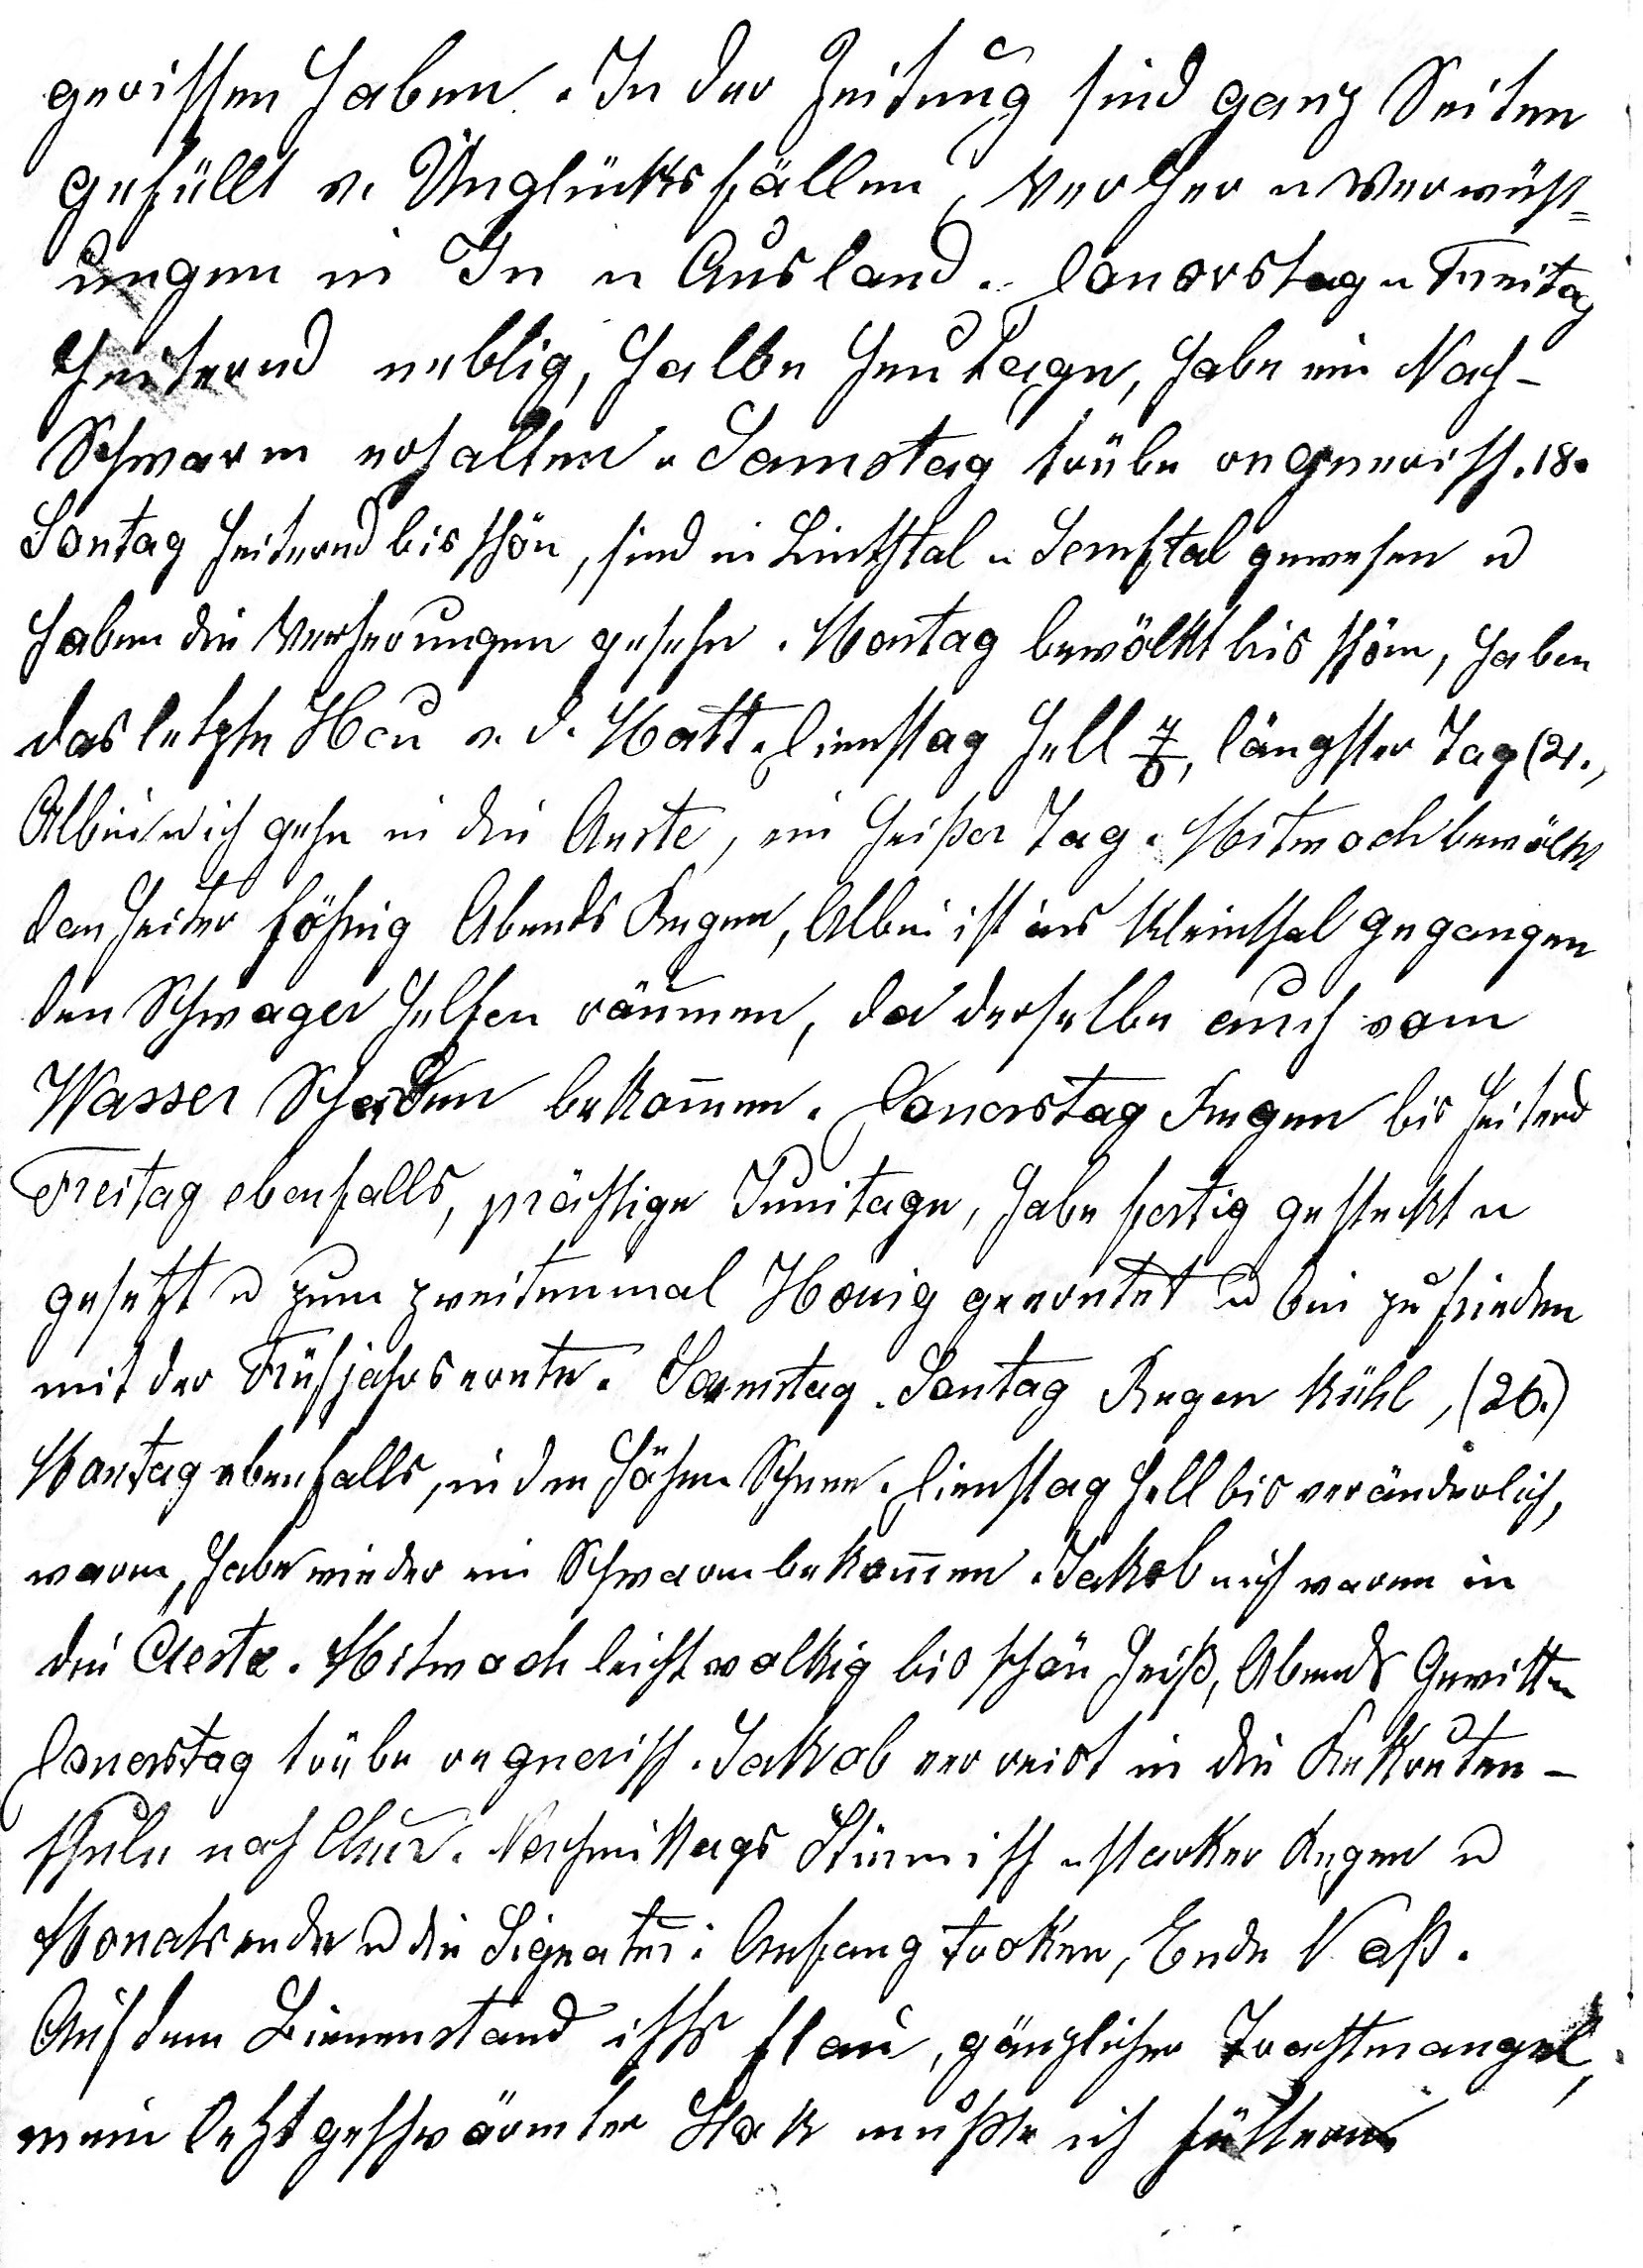
gerissen haben. In der Zeitung sind ganz Seiten
gefüllt v. Unglücksfällen, Verher u Verwüst
ungen im In- und Ausland. Donerstag u Freitag
heiternd neblig, halbe Heutage, habe ein Nach
schwarm erhalten u Samstag trübe regnerisch. 18.
Sontag heiternd bis schön, sind in Linthtal u Sernftal gewesen u
haben die Verherungen gesehn. Montag bewölkt bis schön, haben
das letzte Heu v.d. Matt. Dienstag hell 7o, längster Tag (21.),
Albin u ich gehn in die Aeste, ein heisser Tag. Mitwoch bewölkt
dan heiter föhnig. Abends Regen, Albin ist ins Kleinthal gegangen
dem Schwager helfen räumen, da derselbe auch vom
Wasser Schaden bekommen. Donerstag Regen bis heiternd
Freitag ebenfalls, prächtige Junitage, habe fertig gesteckt u
gesetzt u zum zweitenmal Honig geerntet u bin zufrieden
mit der Frühjahsernte. Samstag, Sontag Regen kühl (26.)
Montag ebenfalls, in den Höhen Schnee. Diens¬tag hell bis veränderlich,
warm, habe wieder ein Schwarm bekommen. Jakob u ich waren in
die Aeste. Mitwoch leicht wolkig bis schön heiss, Abends Gewitter

Donerstag trübe regnerisch. Jakob verreist in die Rekruten
schule nach Chur. Nach¬mittags Stürmisch u starker Regen u
Monatsende u die Signatur: Anfang troken, Ende Nass.
Auf dem Bienenstand ists flau, gänzlicher Trachtmangel,
mein letzt¬geschwärmter Stok musste ich füttern.